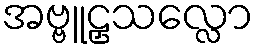
အဗ္ဗူဠှသလ္လော